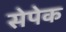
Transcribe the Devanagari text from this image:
सेपेक